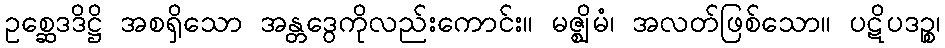
ဥစ္ဆေဒဒိဋ္ဌိ အစရှိသော အန္တဒွေကိုလည်းကောင်း။ မဇ္ဈိမံ၊ အလတ်ဖြစ်သော။ ပဋိပဒဉ္စ၊